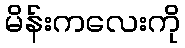
မိန်းကလေးကို